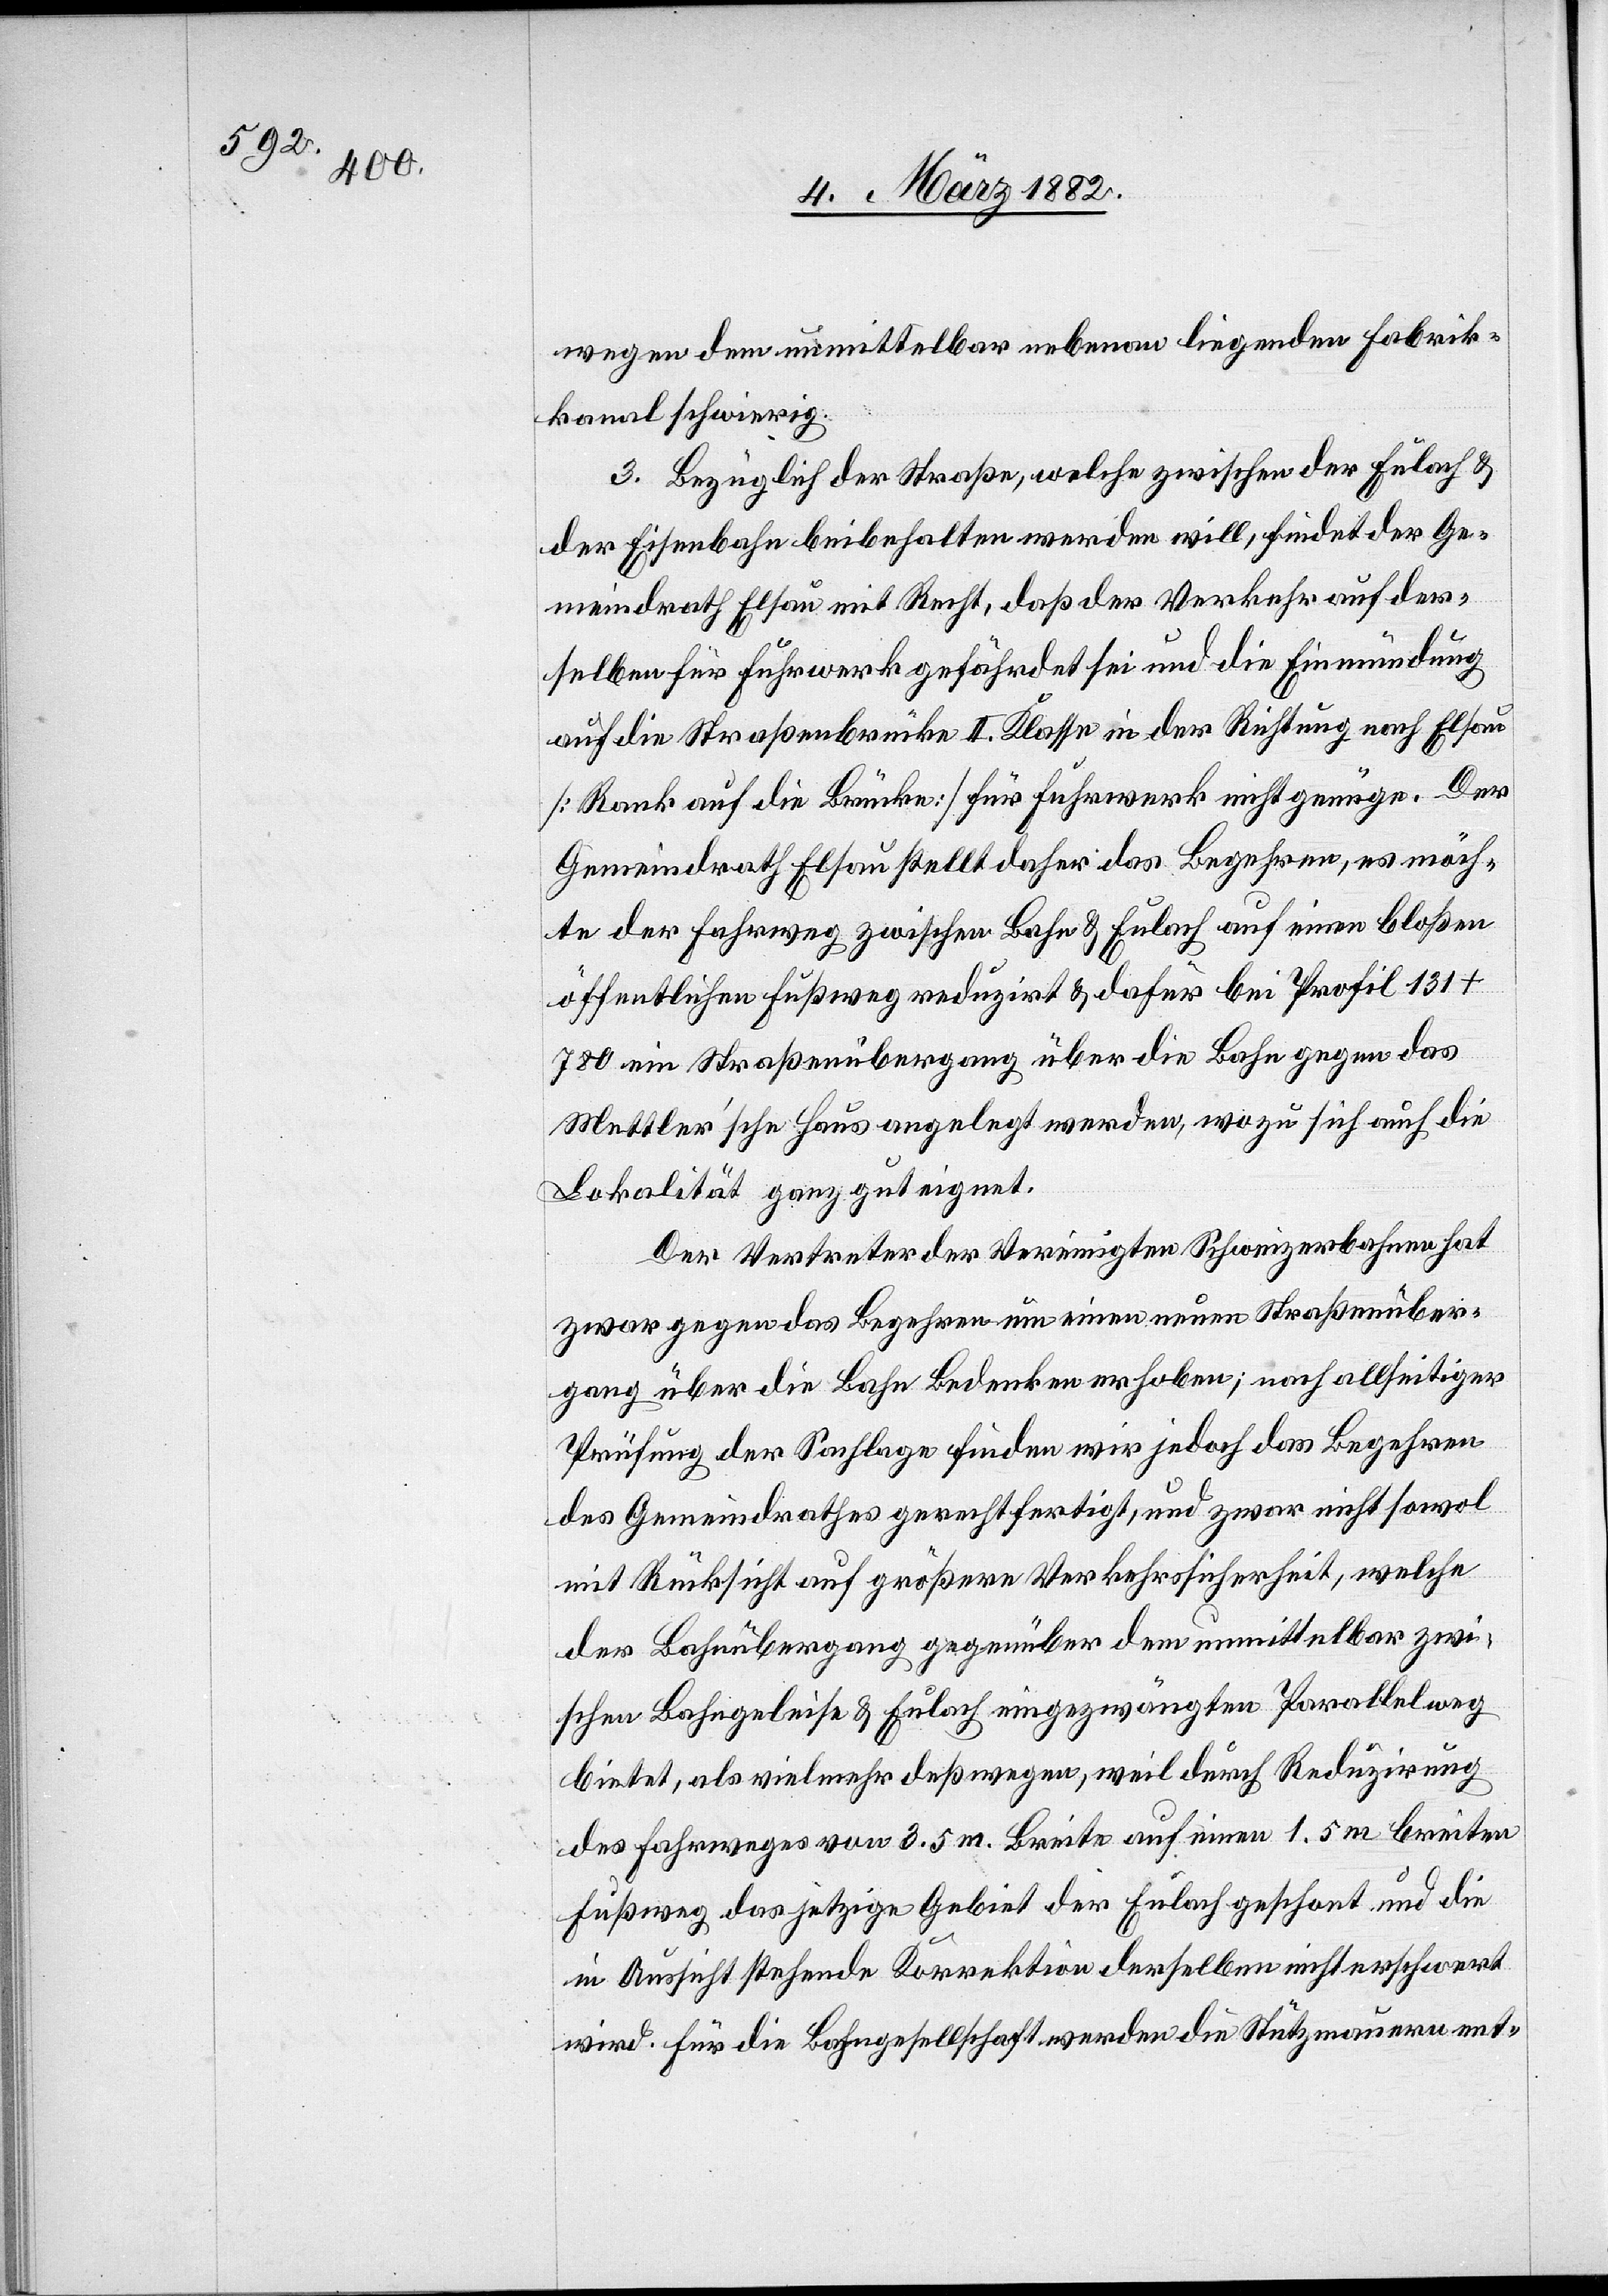
wegen dem unmittelbar nebenan liegenden Fabrik¬
kanal schwierig.
3. Bezüglich der Straße, welche zwischen der Eulach &
der Eisenbahn beibehalten werden will, findet der Ge¬
meindrath Elsau mit Recht, daß der Verkehr auf der¬
selben für Fuhrwerk gefährdet sei und die Einmündung
auf die Straßenbrücke II. Klasse in der Richtung nach Elsau
[Rank auf die Brücke] für Fuhrwerk nicht genüge. Der
Gemeindrath Elsau stellt daher das Begehren, es möch¬
te der Fahrweg zwischen Bahn & Eulach auf einen bloßen
öffentlichen Fußweg reduzirt & dafür bei Profil 131 +
780 ein Straßenübergang über die Bahn gegen das
Mettler’sche Haus angelegt werden, wozu sich auch die
Lokalität ganz gut eignet.
Der Vertreter der Vereinigten Schweizerbahnen hat
zwar gegen das Begehen um einen neuen Straßenüber¬
gang über die Bahn bedenken erhoben; nach allseitiger
Prüfung der Sachlage finden wir jedoch das Begehren
des Gemeindrathes gerechtfertigt, und zwar nicht sowol
mit Rücksicht auf größere Verkehrssicherheit, welche
der Bahnübergang gegenüber dem unmittelbar zwi¬
schen Bahngeleise & Eulach eingezwängten Parallelweg
bietet, als vielmehr deßwegen, weil durch Reduzirung
des Fahrweges von 3.5m Breite auf einen 1.5m breiten
Fußweg das jetzige Gebiet der Eulach geschont und die
in Aussicht stehende Korrektion derselben nicht erschwert
wird. Für die Bahngesellschaft werden die Stützmauern ent-